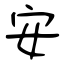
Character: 安